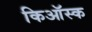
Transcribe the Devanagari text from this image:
किऑस्क